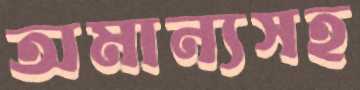
অমান্যসহ